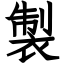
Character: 製